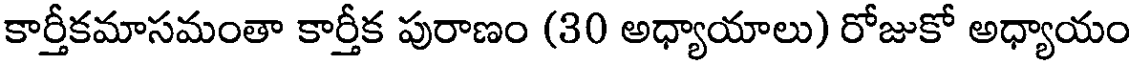
కార్తీకమాసమంతా కార్తీక పురాణం (30 అధ్యాయాలు) రోజుకో అధ్యాయం